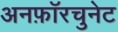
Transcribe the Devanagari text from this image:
अनफ़ॉरचुनेट